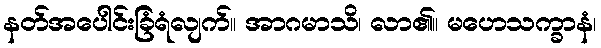
နတ်အပေါင်းခြံရံလျက်။ အာဂမာသိ၊ လာ၏။ မဟေသက္ခာနံ၊